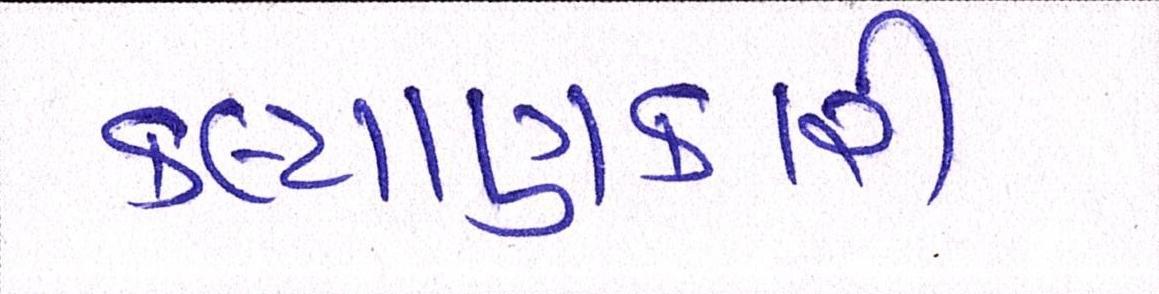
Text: કલ્યાણકારી